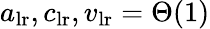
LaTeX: a_{\mathrm{lr}},c_{\mathrm{lr}},v_{\mathrm{lr}}=\Theta(1)